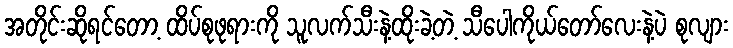
အတိုင်းဆိုရင်တော့ ထိပ်စုဖုရားကို သူလက်သီးနဲ့ထိုးခဲ့တဲ့ သီပေါကိုယ်တော်လေးနဲ့ပဲ စုလျား